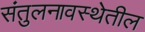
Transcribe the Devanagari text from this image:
संतुलनावस्थेतील